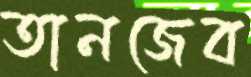
তানজেব